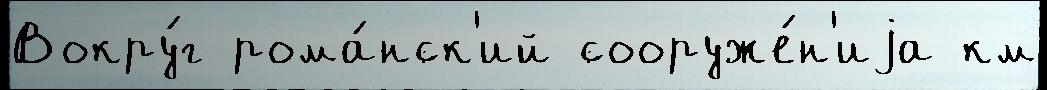
Вокру́г рома́нск'ий сооруже́н'иjа км